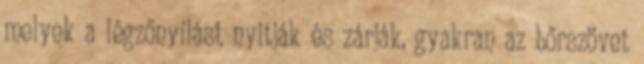
melyek a légzőnyílást nyitják és zárják, gyakran az bőrszövet